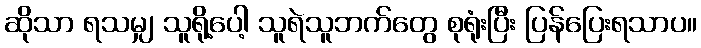
ဆိုသာ ရသမျှ သူရို့ပေါ့ သူရဲသူဘက်တွေ စုရုံးပြီး ပြန်ပြေးရသာပ။